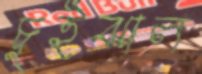
চুইঝাল